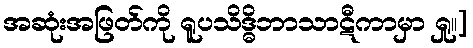
အဆုံးအဖြတ်ကို ရူပသိဒ္ဓိဘာသာဋီကာမှာ ရှု။]